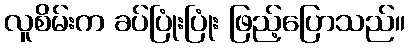
လူစိမ်းက ခပ်ပြုံးပြုံး ဖြည့်ပြောသည်။